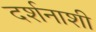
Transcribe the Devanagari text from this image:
दर्शनाशी